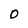
Character: O